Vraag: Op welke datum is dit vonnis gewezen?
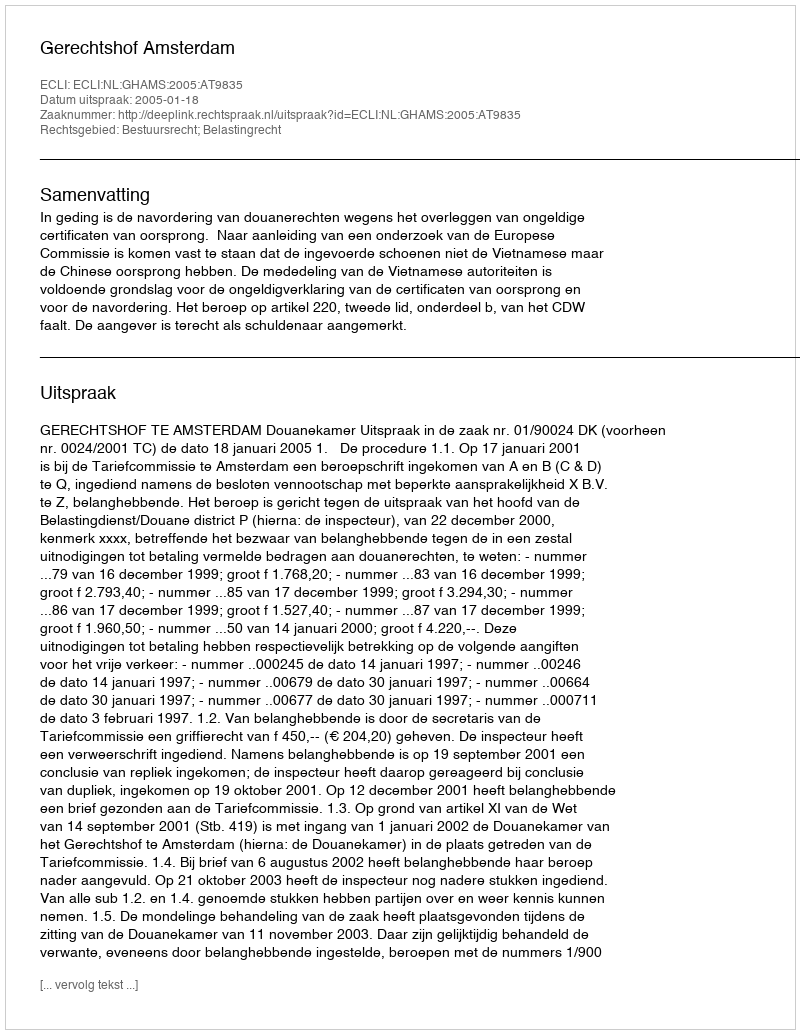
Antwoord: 2005-01-18